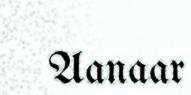
Aanaar